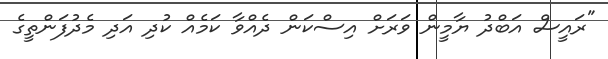
"ރައީސް އަބްދު ޔާމީން ވަރަށް އިސްކަން ދެއްވާ ކަމެއް ކުދި އަދި މެދުފަންތީގެ